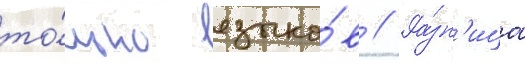
то́лько языко́в // Ра́зн'ица